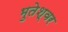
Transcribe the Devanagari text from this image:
भुतेश्वर